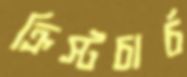
ক্রিস্টচার্চ